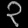
Digit: ၃